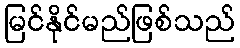
မြင်နိုင်မည်ဖြစ်သည်